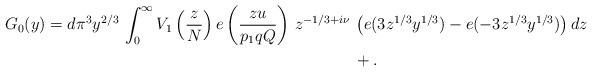
LaTeX: \begin{align*}G_{0}(y) = d{\pi}^{3} y^{2/3} \, \int_{0}^\infty V_1\left( \frac{z}{N}\right) e\left(\frac{zu}{p_1qQ}\right)\, z^{-1/3+i\nu}\, &\left(e(3 z^{1/3}y^{1/3}) -e(-3 z^{1/3}y^{1/3}) \right)dz\\ & + .\end{align*}